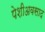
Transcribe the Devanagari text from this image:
पेशीअवसाद